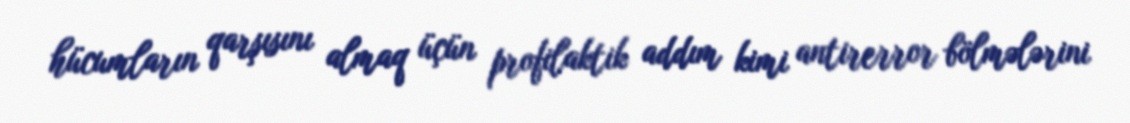
hücumların qarşısını almaq üçün profilaktik addım kimi antirerror bölmələrini